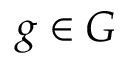
g \in G